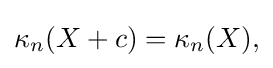
{\textstyle \kappa _{n}(X+c)=\kappa _{n}(X),}